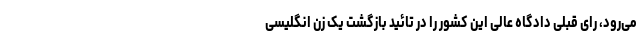
می‌رود، رای قبلی دادگاه عالی این کشور را در تائید بازگشت یک زن انگلیسی